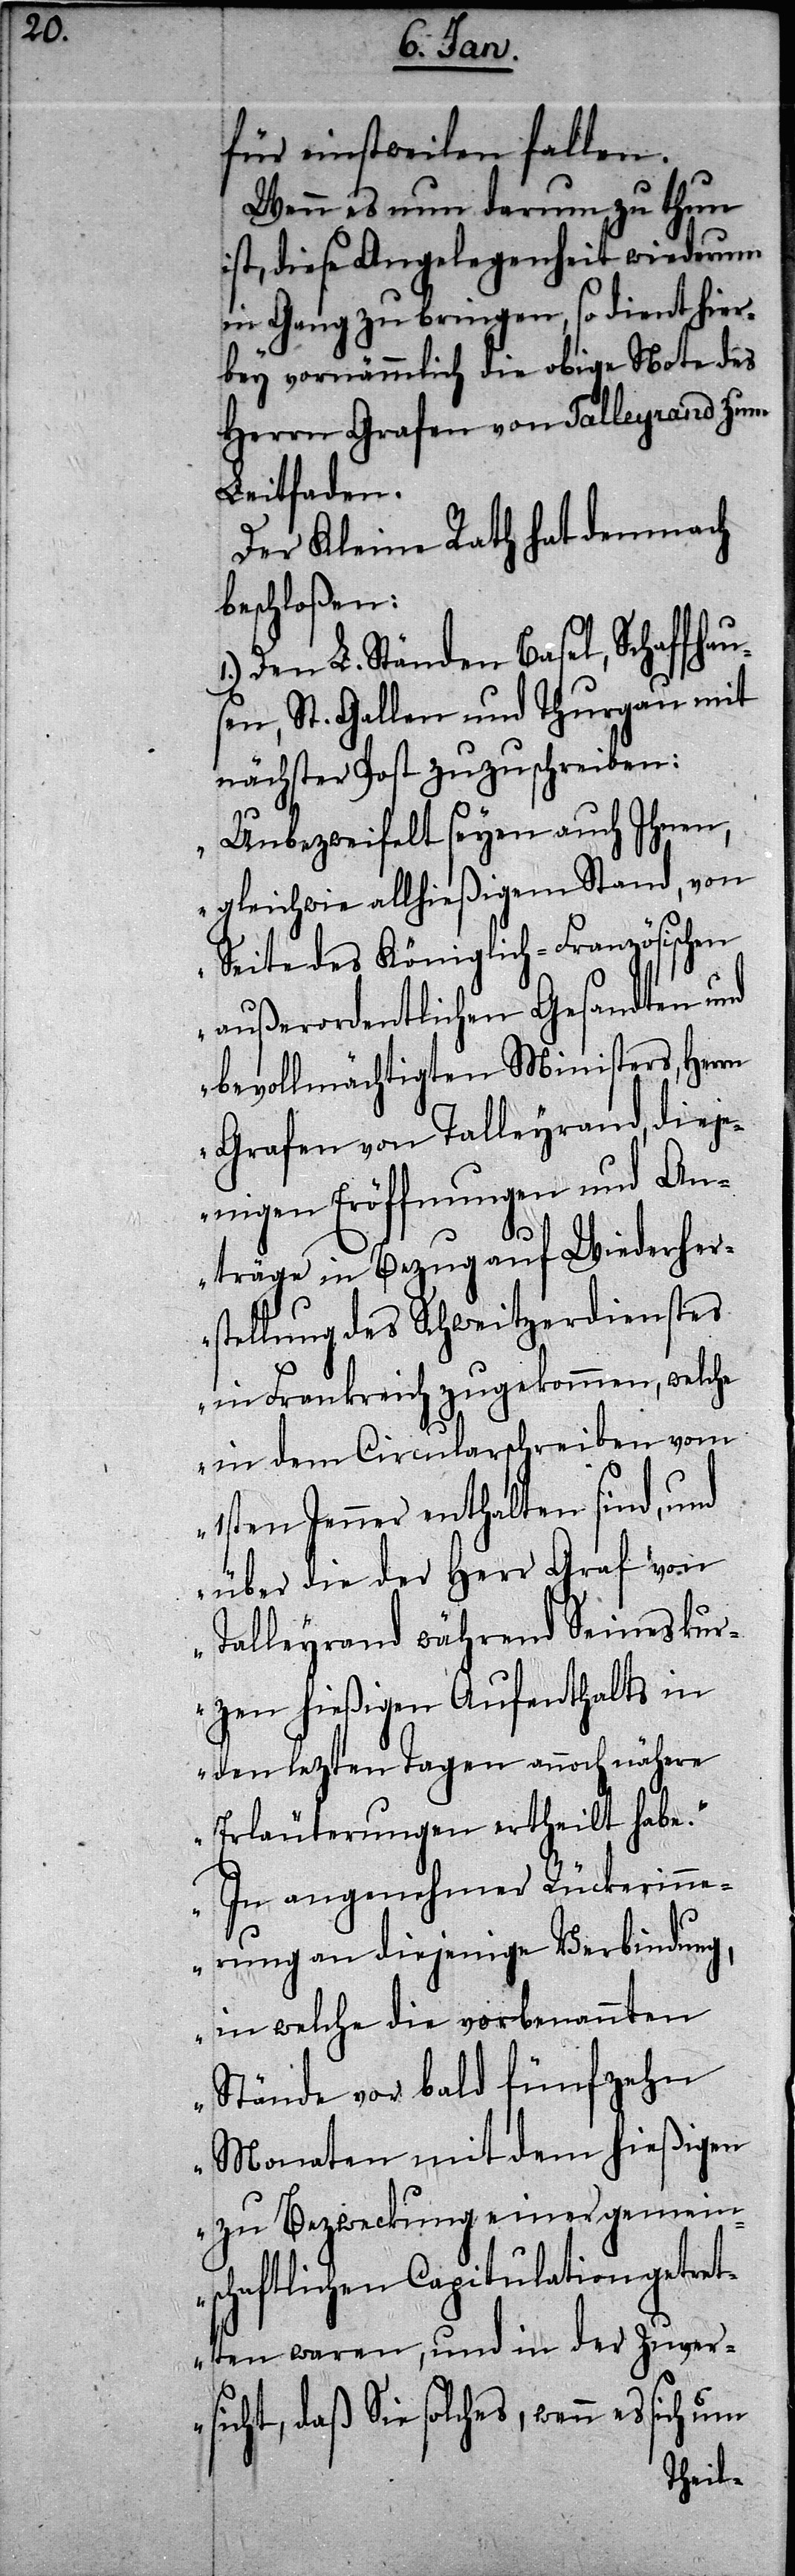
für einstweilen fallen.
Wenn es nun darum zu thun
ist, diese Angelegenheit wiederum
in Gang zu bringen, so dient hier¬
bey vornämmlich die obige Note des
Herrn Grafen von Talleyrand zum
Leitfaden.
Der Kleine Rath hat demnach
beschloßen:
Den L. Ständen Basel, Schaffhau¬
sen, St. Gallen und Thurgau mit
nächster Post zuzuschreiben:
„Unbezweifelt seyen auch Ihnen,
gleichwie allhießigem Stand, von
Seite des Königlich-Französischen
außerordentlichen Gesandten und
bevollmächtigten Ministers, Herrn
Grafen von Talleyrand, dieje¬
nigen Eröffnungen und An¬
träge in Bezug auf Wiederher¬
stellung des Schweitzerdienstes
in Frankreich zugekommen, welche
in dem Circularschreiben vom
1sten Jenner enthalten sind, und
über die der Herr Graf von
Talleyrand während Seines kur¬
zen hießigen Aufenthalts in
den letzten Tagen annoch nähere
Erläuterungen ertheilt habe.“
„In angenehmer Rückerinn¬
erung an diejenige Verbindung,
in welche die vorbenannten
Stände vor bald fünfzehn
Monaten mit dem hießigen
zu Bezweckung einer gemein¬
schaftlichen Capitulation getret¬
ten waren, und in der Zuver¬
sicht, daß Sie solches, wenn es sich um